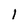
Character: 1